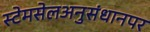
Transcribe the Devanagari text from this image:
स्टेमसेलअनुसंधानपर